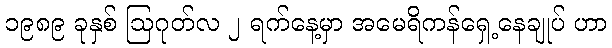
၁၉၈၉ ခုနှစ် ဩဂုတ်လ ၂ ရက်နေ့မှာ အမေရိကန်ရှေ့နေချုပ် ဟာ